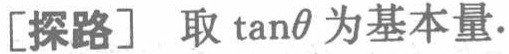
[探路] 取\(\tan\theta\)为基本量.